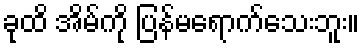
ခုထိ အိမ်ကို ပြန်မရောက်သေးဘူး။